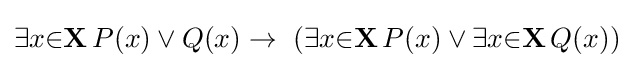
\exists {x}{\in }\mathbf {X} \,P(x)\lor Q(x)\to \ (\exists {x}{\in }\mathbf {X} \,P(x)\lor \exists {x}{\in }\mathbf {X} \,Q(x))